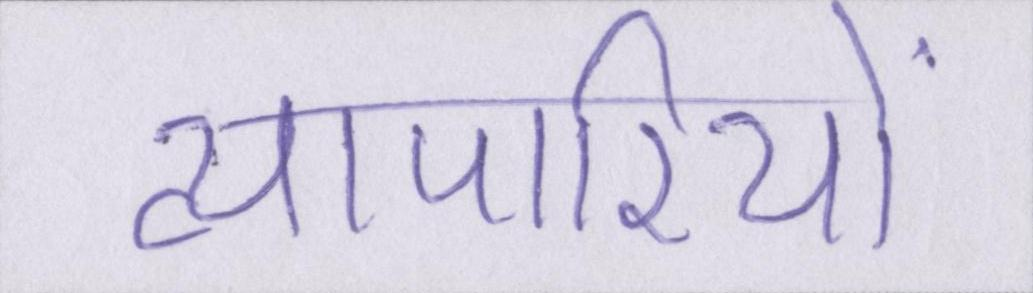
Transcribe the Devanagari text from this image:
व्यापारियों